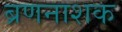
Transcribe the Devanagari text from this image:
ब्रणनाशक